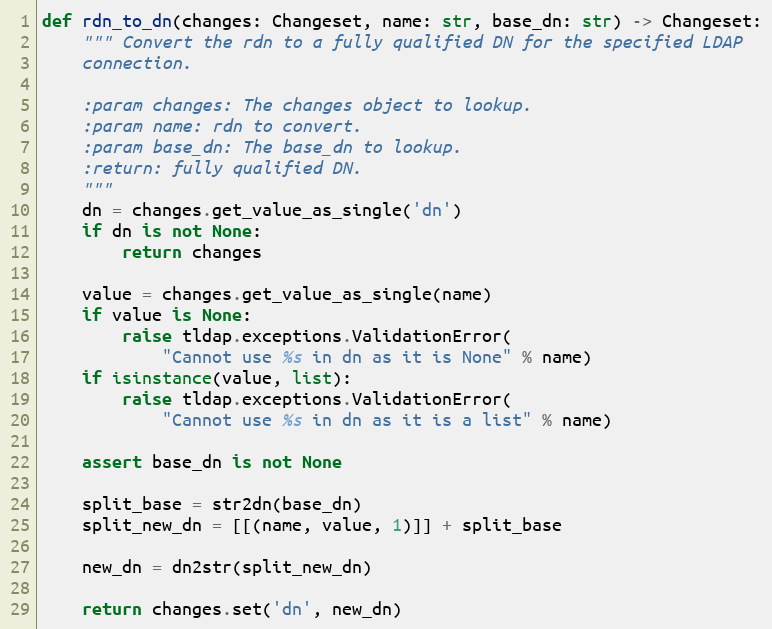
Language: Python
def rdn_to_dn(changes: Changeset, name: str, base_dn: str) -> Changeset:
    """ Convert the rdn to a fully qualified DN for the specified LDAP
    connection.

    :param changes: The changes object to lookup.
    :param name: rdn to convert.
    :param base_dn: The base_dn to lookup.
    :return: fully qualified DN.
    """
    dn = changes.get_value_as_single('dn')
    if dn is not None:
        return changes

    value = changes.get_value_as_single(name)
    if value is None:
        raise tldap.exceptions.ValidationError(
            "Cannot use %s in dn as it is None" % name)
    if isinstance(value, list):
        raise tldap.exceptions.ValidationError(
            "Cannot use %s in dn as it is a list" % name)

    assert base_dn is not None

    split_base = str2dn(base_dn)
    split_new_dn = [[(name, value, 1)]] + split_base

    new_dn = dn2str(split_new_dn)

    return changes.set('dn', new_dn)